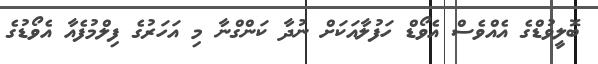
ބޮލީވުޑްގެ އެއްވެސް އެވޯޑް ހަފުލާއަކަށް ނުދާ ކަންގްނާ މި އަހަރުގެ ފިލްމުފެއާ އެވޯޑުގެ